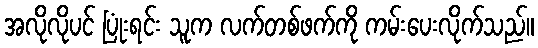
အလိုလိုပင် ပြုံးရင်း သူက လက်တစ်ဖက်ကို ကမ်းပေးလိုက်သည်။